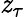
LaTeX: \mathit{z}_{\tau}